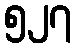
၅၂၇